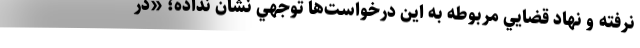
نرفته و نهاد قضايي مربوطه به اين درخواست‌ها توجهي نشان نداده؛ «در